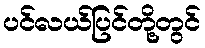
ပင်လယ်ပြင်တို့တွင်